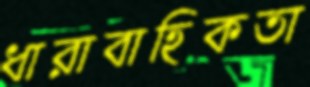
ধারাবাহিকতা